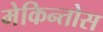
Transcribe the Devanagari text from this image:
मेकिन्तोस